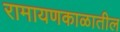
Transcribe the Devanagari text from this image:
रामायणकाळातील